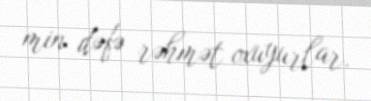
min dəfə rəhmət oxuyurlar.